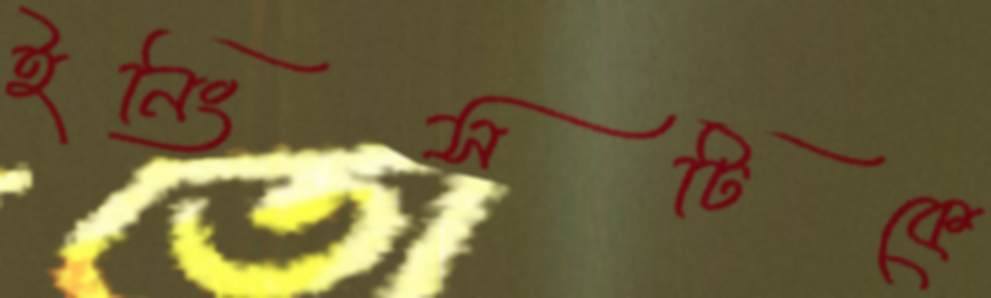
ইনিংসটিকে